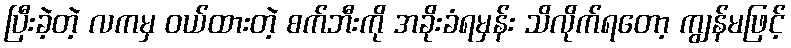
ပြီးခဲ့တဲ့ လကမှ ဝယ်ထားတဲ့ စက်ဘီးကို အခိုးခံရမှန်း သိလိုက်ရတော့ ကျွန်မဖြင့်